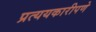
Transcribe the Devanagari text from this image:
प्रत्ययकारीपणे